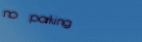
no parking